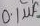
Text: 0.1µf